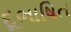
દૂભાષિત